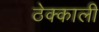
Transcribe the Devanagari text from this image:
ठेक्काली